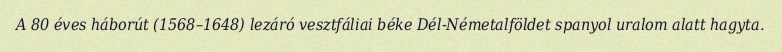
A 80 éves háborút (1568–1648) lezáró vesztfáliai béke Dél-Németalföldet spanyol uralom alatt hagyta.